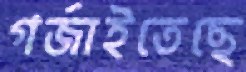
গর্জাইতেছে